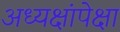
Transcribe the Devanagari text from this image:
अध्यक्षांपेक्षा